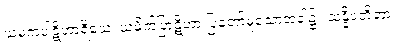
ယမကပါဋိဟာရိယေ၊ ယမိုက်ပြာဋိဟာ ပြတော်မူသောအခါ၌။ သန္နိပတိတာ၊